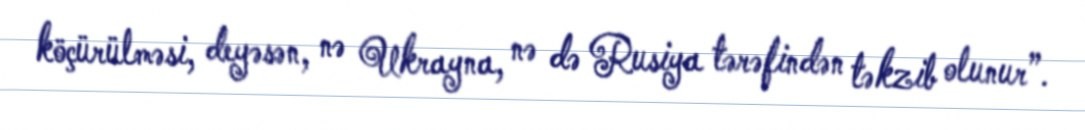
köçürülməsi, deyəsən, nə Ukrayna, nə də Rusiya tərəfindən təkzib olunur”.